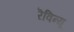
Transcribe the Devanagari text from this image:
रॆविन्यू